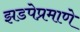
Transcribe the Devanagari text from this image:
झडपेप्रमाणे